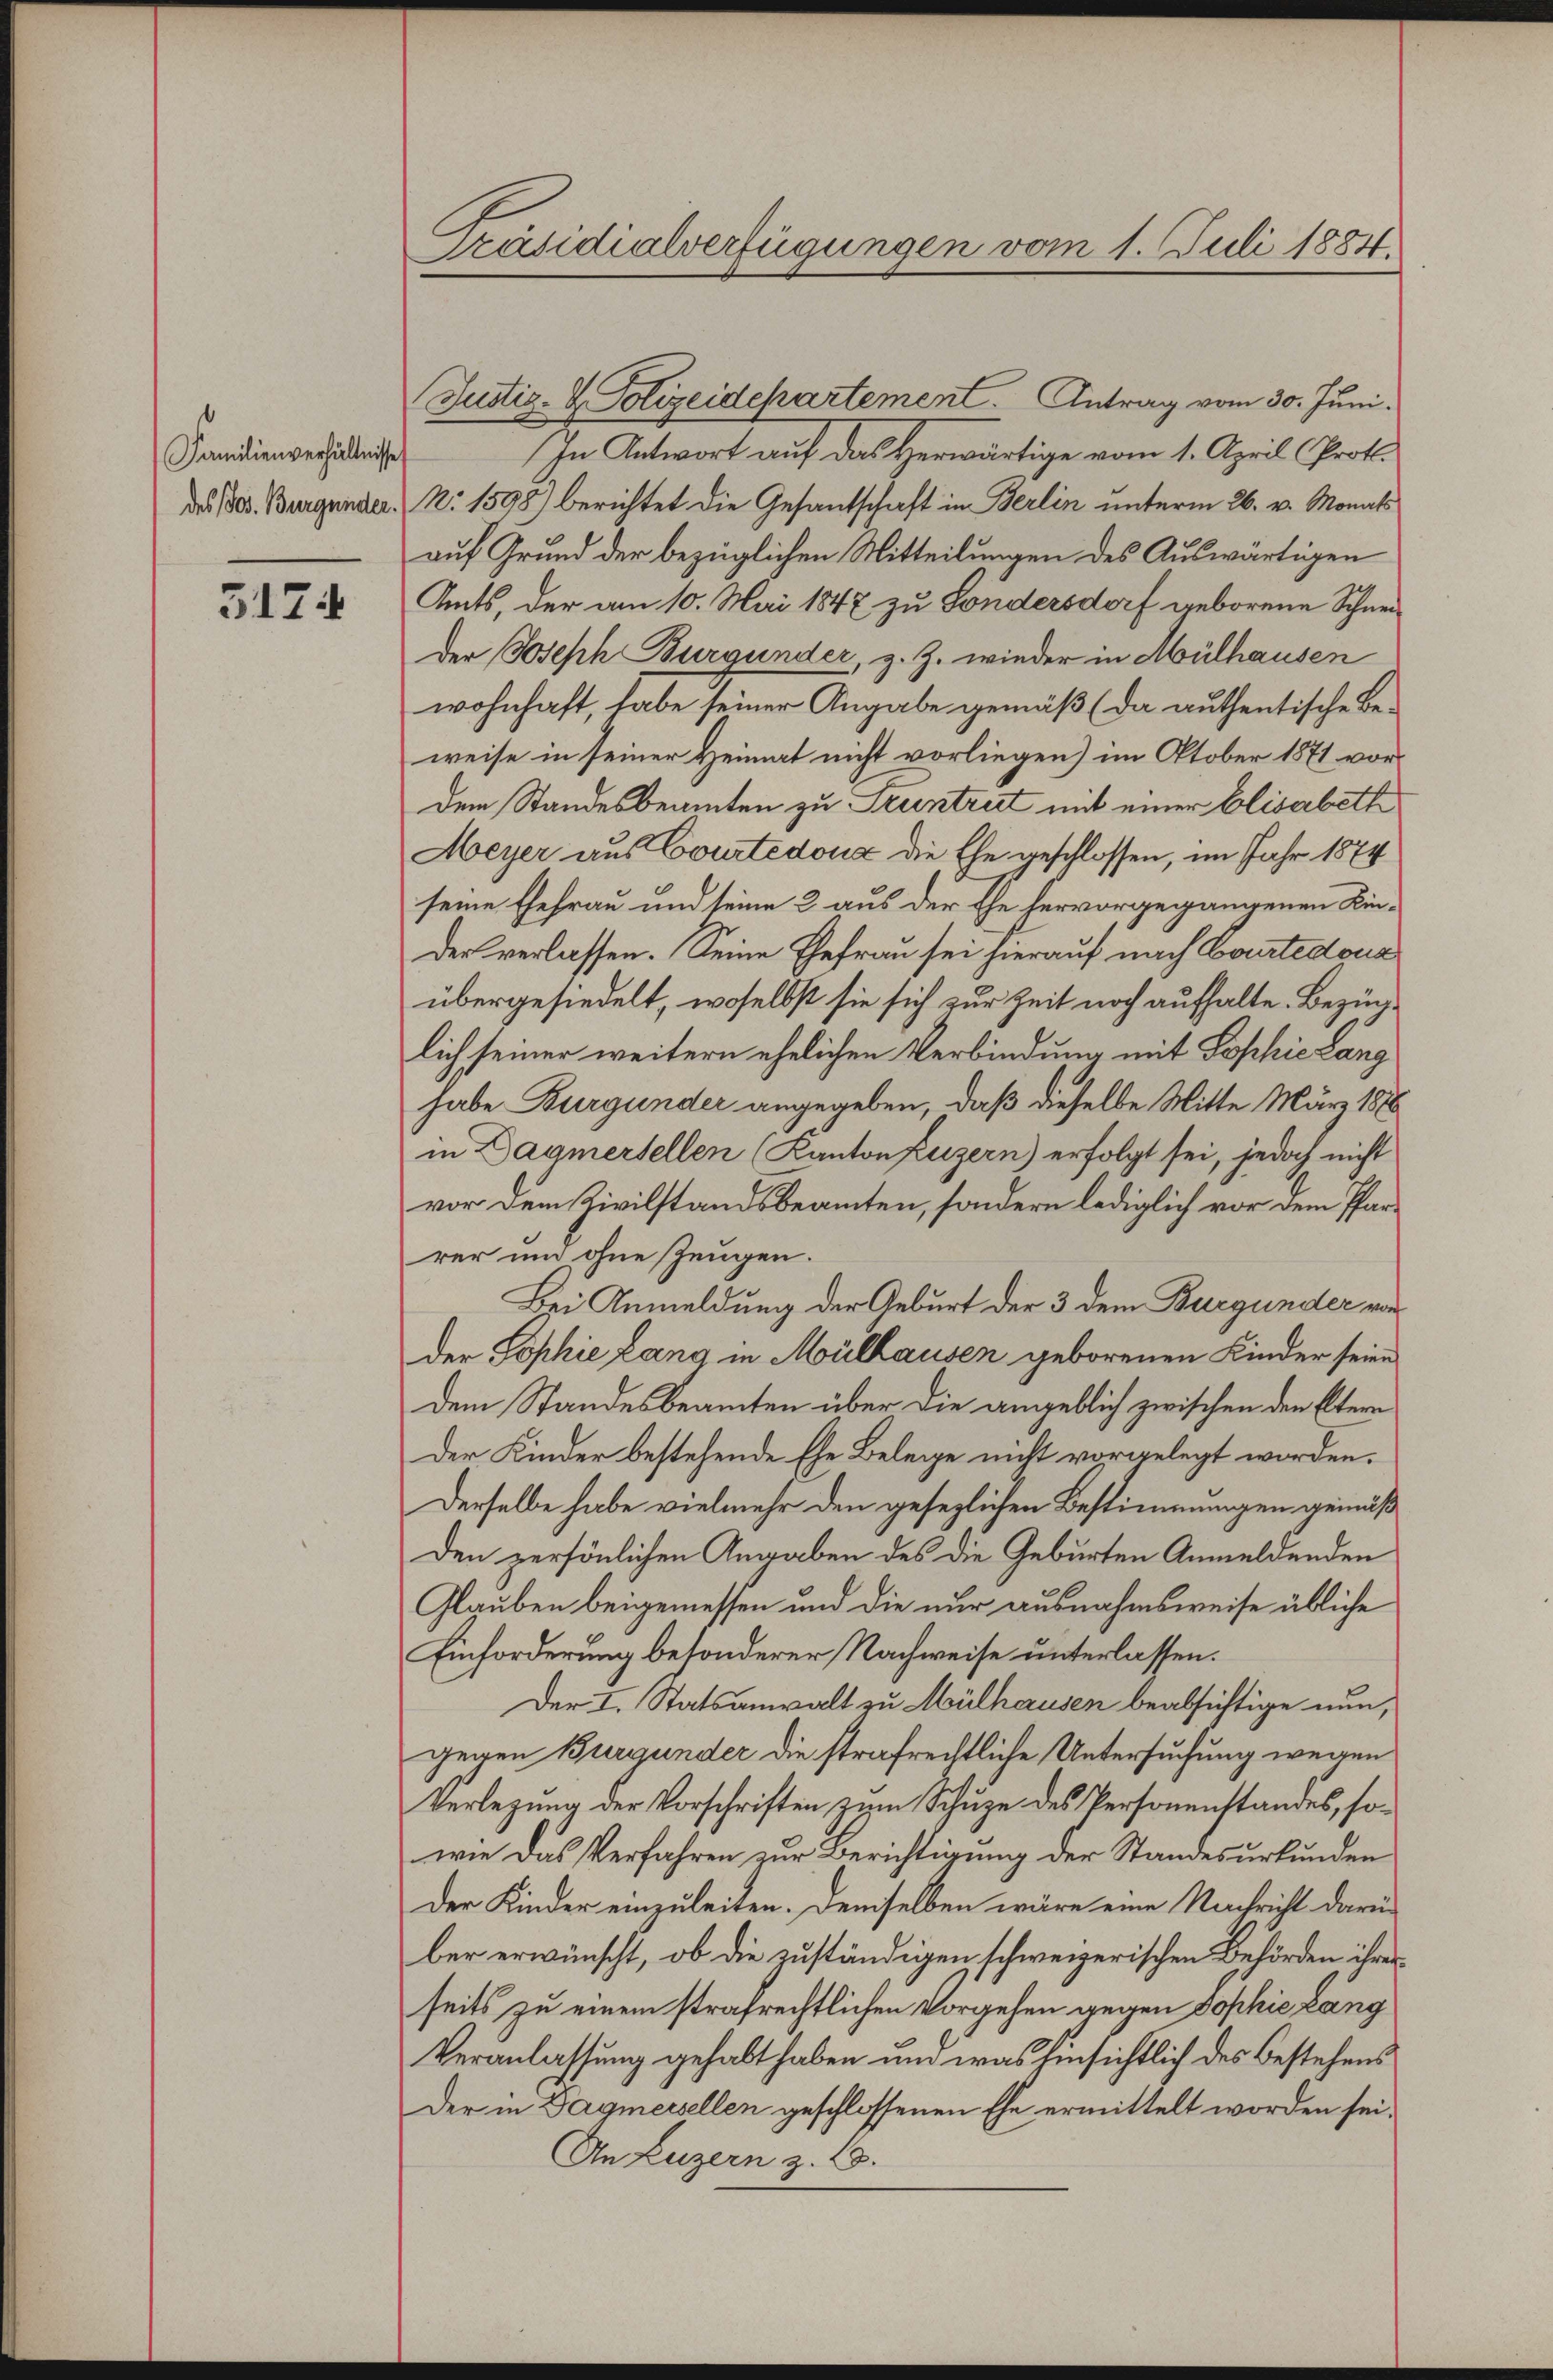
Familienverhältnisse
des Jos. Burgunder.

5174

Präsidialverfügungen vom 1. Juli 1884.

Justiz- & Polizeidepartement. Antrag vom 30. Juni.
In Antwort auf das Herwärtige vom 1. April (Proto¬
N. 1598) berichtet die Gesantschaft in Berlin unterm 26. v. Monats
auf Grund der bezüglichen Mitteilungen des Auswärtigen
Amts, der am 10. Mai 1847 zu Sondersdorf geborene Schneider Joseph Burgunder, z. Z. wieder in Mülhausen
wohnhaft, habe seiner Angabe gemäß (da authentische Be-
weise in seiner Heimat nicht vorliegen) im Oktober 1871 vordem Standesbeamten zu Treintrict mit einer Elisabeth
Meyer aus Courtedoua die Ehe geschlossen, im Jahr 1874
seine Ehefrau und seine 2 aus der Ehe hervorgegangenen Kin¬
Der verlassen. Seine Ehefrau sei hierauf nach Courtedoua
übergesiedelt, woselbst sie sich zur Zeit noch aufhalte. Bezinlich seiner weitern ehelichen Verbindung mit Sophie Läng
habe Burgunder angegeben, daß dieselbe Mitte März 1886
in Dagmertellen (Kanton Luzern) erfolgt sei, jedoch nicht
vor dem Civilstandsbeamten, sondern lediglich vor dem Pfarrer und ohne Zeugen.
Bei Anmeldung der Geburt der 3 dem Burgunder vor
der Sophie Lang in Mülhausen geborenen Kinder seien
dem Standesbeamten über die angeblich zwischen den Eltern
Der Kinder bestehende Ehe Belege nicht vorgelegt worden.
Derselbe habe vielmehr den gesezlichen Bestimmungen gemäß
Den persönlichen Angaben des die Geburten Anmeldenden
Glauben beigemessen und die nur ausnahmsweise übliche
Einforderung besonderer Nachweise unterlassen.
Der I. Statsanwalt zu Mülhausen beabsichtige nun,
gegen Burgunder die strafrechtliche Untersuchung wegen
Verlegung der Vorschriften zum Schuze des Personenstandes, sowie das Verfahren zur Berichtigung der Standesurkunden
Der Kinder einzuleiten. Demselben wäre eine Nachricht darüber erwünscht, ob die zuständigen schweizerischen Behörden ihrer
seits zu einem strafrechtlichen Vorgehen gegen Sophie Läng
Veranlassung gehabt haben und was hinsichtlich des Bestehens
Der in Tagmeisellen geschlossenen Ehe ermittelt worden sei.
An Luzern z. 18.